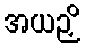
အယဉှိ